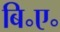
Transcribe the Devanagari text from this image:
बि॰ए॰